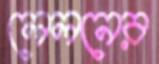
লেলনের